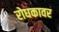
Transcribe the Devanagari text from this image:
रोधकावर